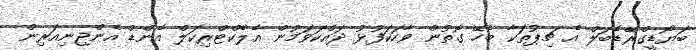
ބަޔޯޑީގްރޭޑެބަލް އެ ޗިޕުތަކާ ބެހޭ ގޮތުން ވާހަކަފުޅު ދައްކަވަމުން އެލެކްޓްރިކަލް އެންޑް އެންޖިނިއަރިން